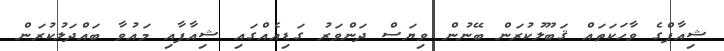
ޝިއާފްގެ ވާހަކަތައް ޤަބޫލުކުރަން ބޭނުން ވިޔަސް ދަންވަރު ގަޑިއެއްގައި ޝިއާފާއި މައުވާ ބައްދަލުކުރަން